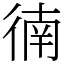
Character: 㣮